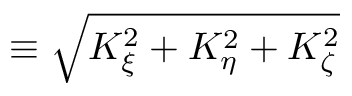
\equiv \sqrt { K _ { \xi } ^ { 2 } + K _ { \eta } ^ { 2 } + K _ { \zeta } ^ { 2 } }